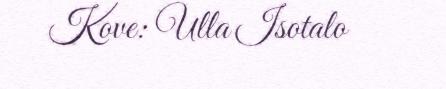
Kove: Ulla Isotalo